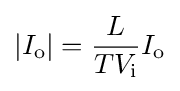
\left|I_{\text{o}}\right|={\frac {L}{TV_{\text{i}}}}I_{\text{o}}